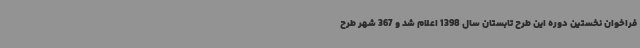
فراخوان نخستین دوره این طرح تابستان سال 1398 اعلام شد و 367 شهر طرح